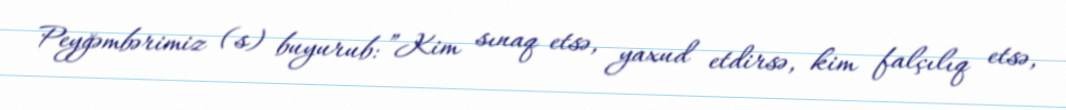
Peyğəmbərimiz (s) buyurub: ”Kim sınaq etsə, yaxud etdirsə, kim falçılıq etsə,